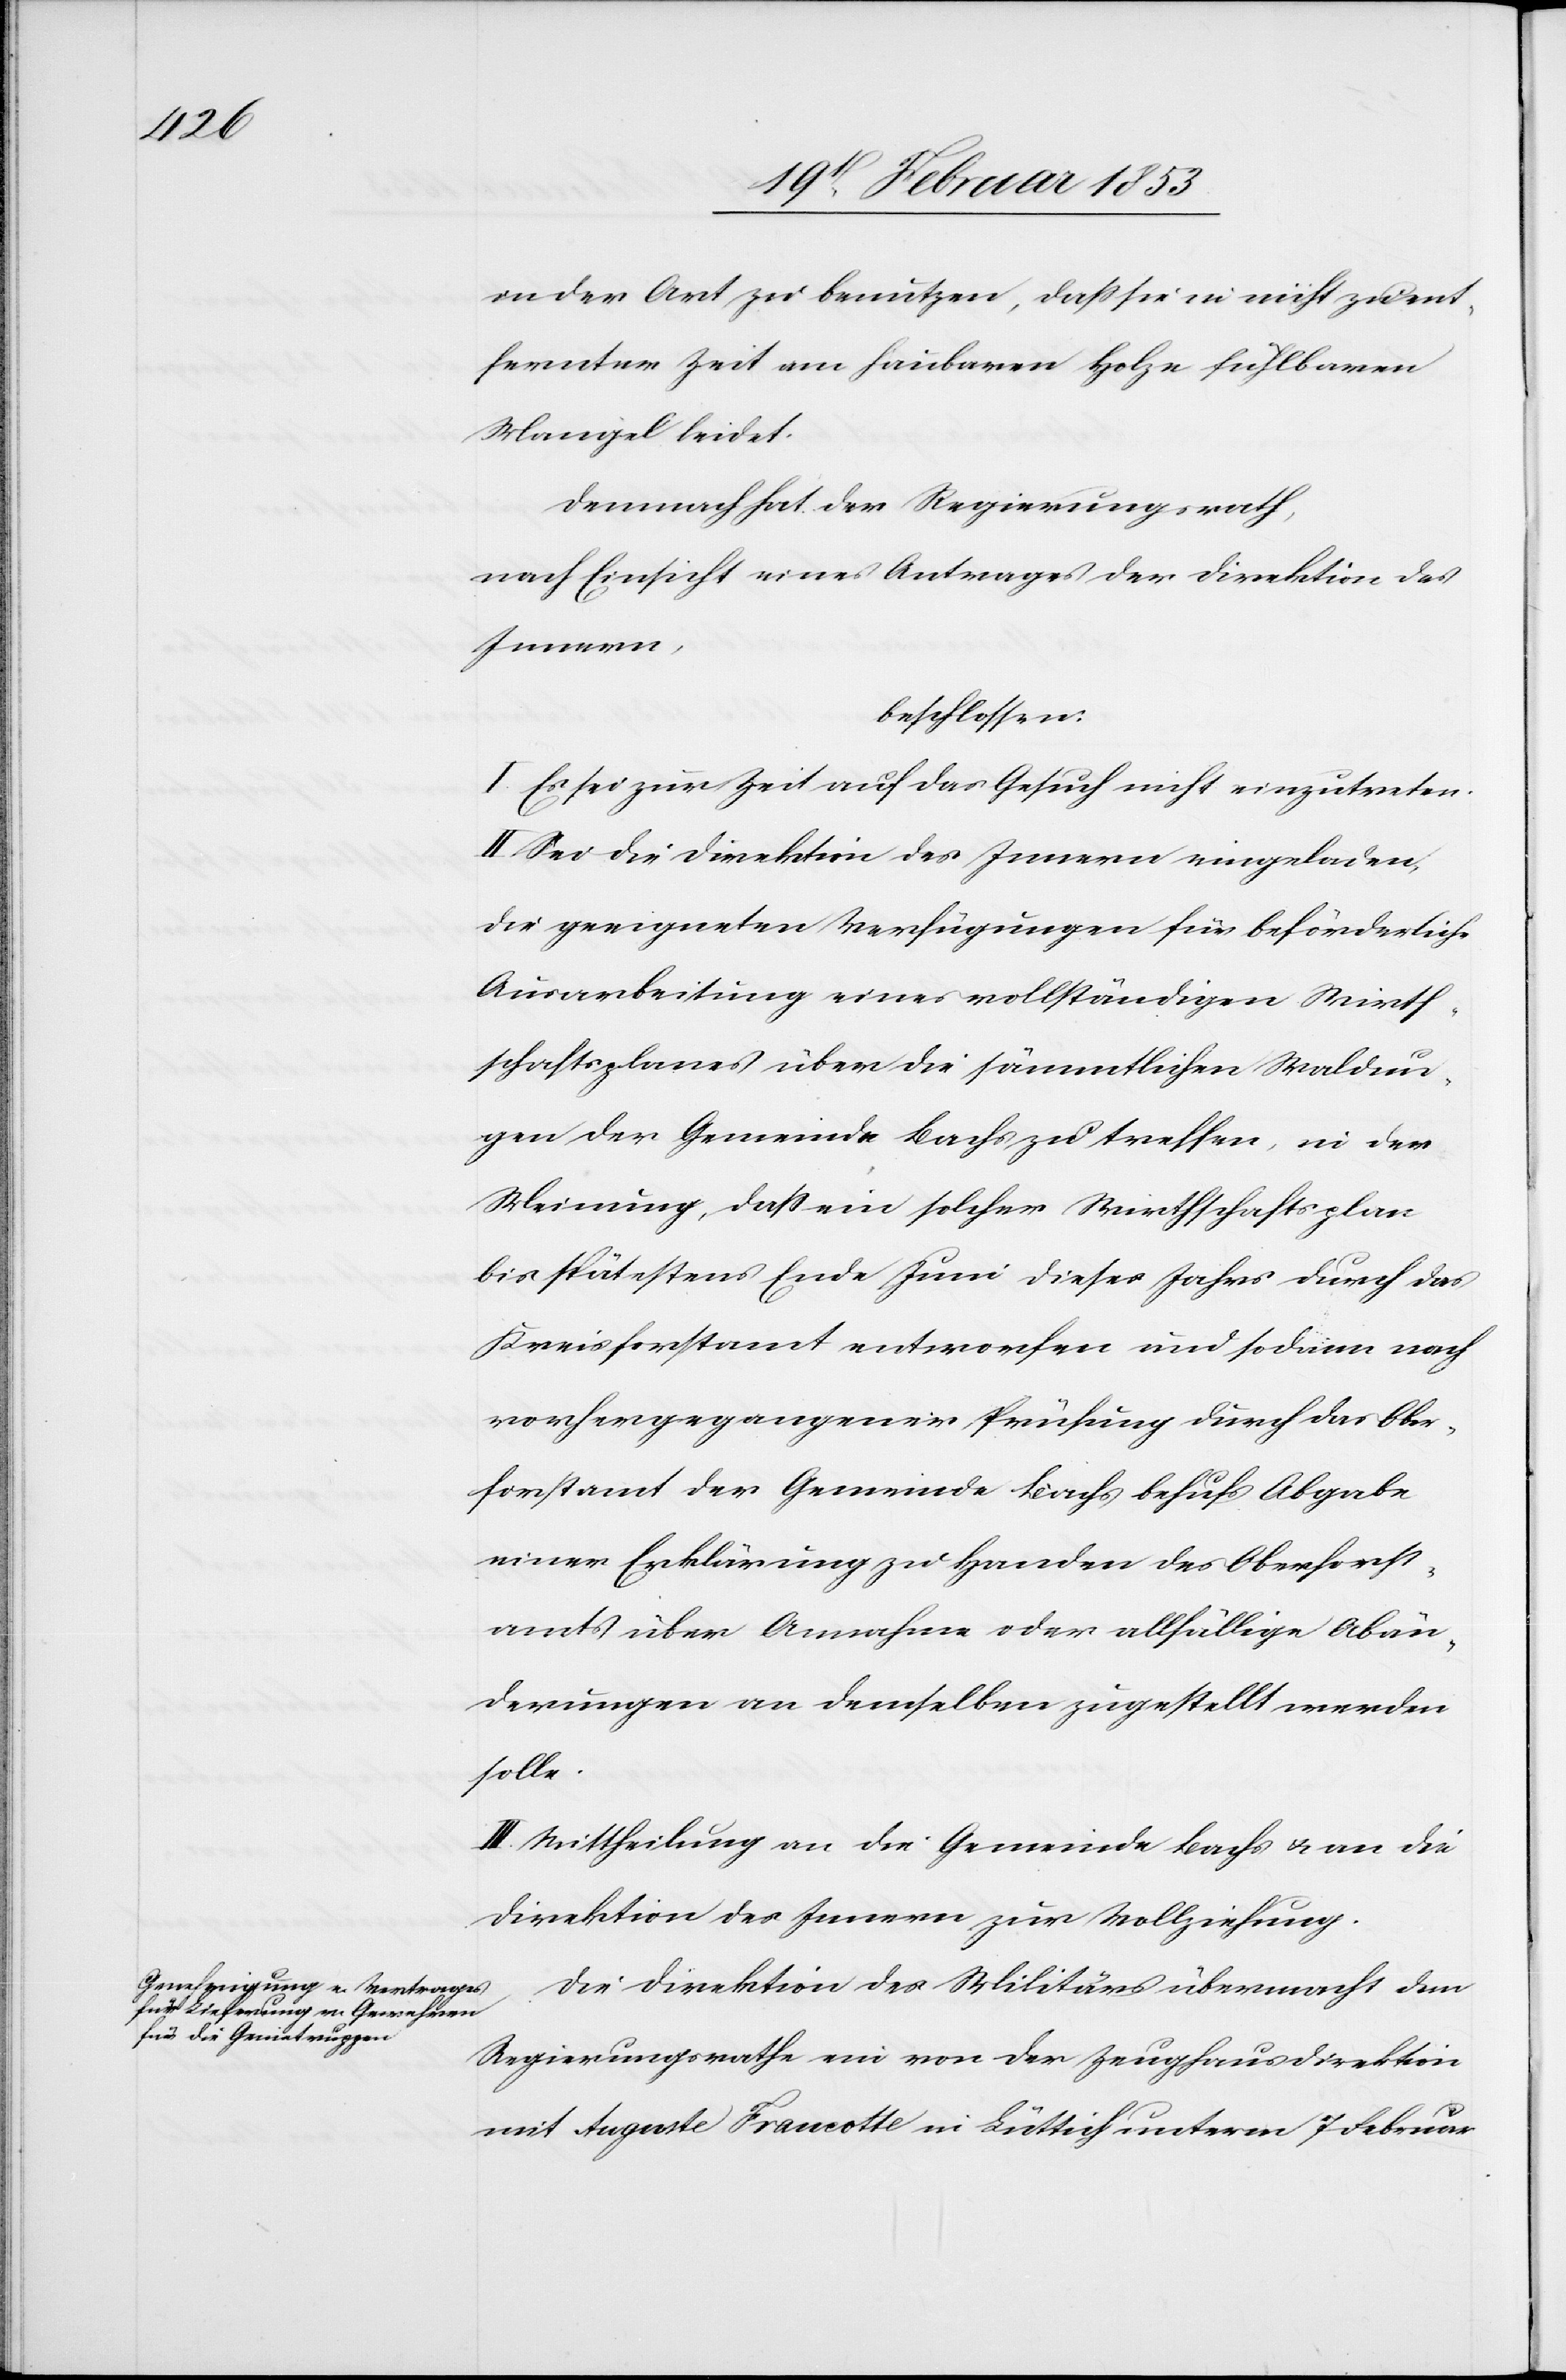
in der Art zu benutzen, daß sie in nicht zu ent¬
fernter Zeit am haubaren Holze fühlbaren
Mangel leidet.
Demnach hat der Regierungsrath,
nach Einsicht eines Antrages der Direktion des
Innern,
beschlossen:
I. Es sei zur Zeit auf das Gesuch nicht einzutreten.
II. Sei die Direktion des Innern einzuladen,
die geeigneten Verfügungen für beförderliche
Ausarbeitung eines vollständigen Wirth¬
schaftsplanes über die sämmtlichen Waldun¬
gen der Gemeinde Bachs zu treffen, in der
Meinung, daß ein solcher Wirtschafthsplan
bis spätestens Ende Juni dieses Jahres durch das
Kreisforstamt entworfen und sodann nach
vorhergegangener Prüfung durch das Ober¬
forstamt der Gemeinde Bachs behufs Abgabe
einer Erklärung zu Handen des Oberforst¬
amts über Annahme oder allfällige Abän¬
derungen an demselben zugestellt werden
solle.
II. Mittheilung an die Gemeinde Bachs u. an die
Direktion des Innern zur Vollziehung.
Die Direktion des Militärs übermacht dem
Regierungsrathe ein von der Zeughausdirektion
mit Auguste Franotte in Lüttich unterm 7 Februar